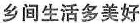
乡间生活多美好